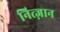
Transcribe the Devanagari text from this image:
नित्ज़ान